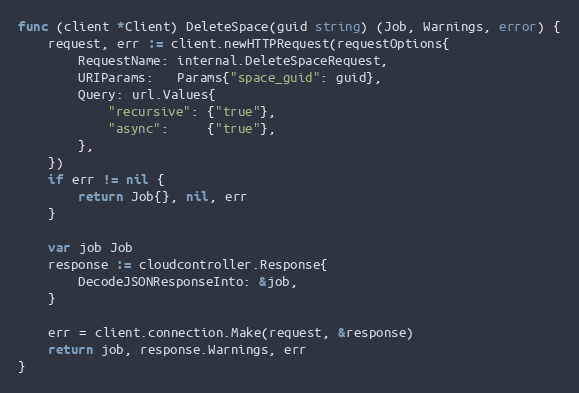
Language: Go
func (client *Client) DeleteSpace(guid string) (Job, Warnings, error) {
	request, err := client.newHTTPRequest(requestOptions{
		RequestName: internal.DeleteSpaceRequest,
		URIParams:   Params{"space_guid": guid},
		Query: url.Values{
			"recursive": {"true"},
			"async":     {"true"},
		},
	})
	if err != nil {
		return Job{}, nil, err
	}

	var job Job
	response := cloudcontroller.Response{
		DecodeJSONResponseInto: &job,
	}

	err = client.connection.Make(request, &response)
	return job, response.Warnings, err
}